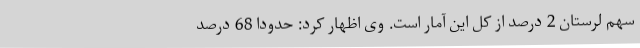
سهم لرستان 2 درصد از کل این آمار است. وی اظهار کرد: حدوداً 68 درصد